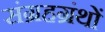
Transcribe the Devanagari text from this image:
संग्रहग्रंथों